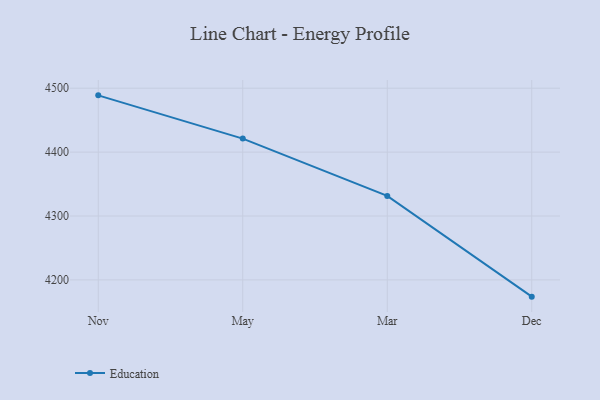
{"axis": {"x": "Month", "y": "Headcount"}, "legend": ["Education"], "data": [{"x": "Nov", "y": 4488.8, "type": "Education"}, {"x": "May", "y": 4421.1, "type": "Education"}, {"x": "Mar", "y": 4331.4, "type": "Education"}, {"x": "Dec", "y": 4173.8, "type": "Education"}]}